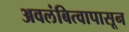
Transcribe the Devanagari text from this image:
अवलंबित्वापासून